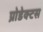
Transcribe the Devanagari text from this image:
प्रोडेक्टस